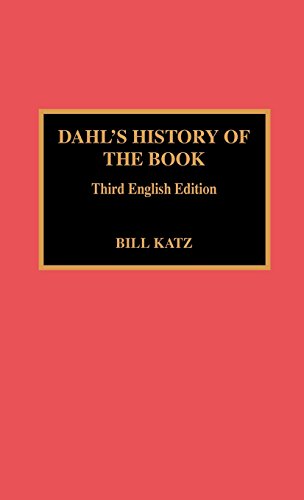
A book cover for Dahl's History of the Book; Bill Katz; Crafts, Hobbies & Home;